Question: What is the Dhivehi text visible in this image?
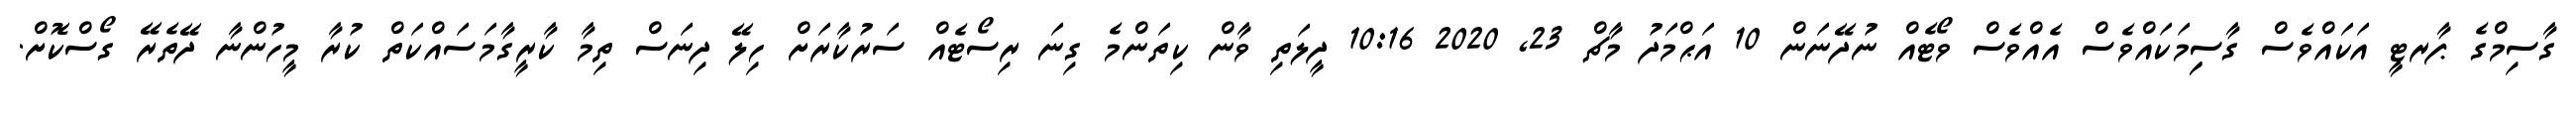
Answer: ގާސިމްގެ ޕާރޓީ އަކައްވެސް ގާސިިމަކައްވެސް އެއްވެސް ވޯޓެއް ނުދޭނަން 10 އަޙްމަދު މާޗް 23, 2020 10:16 ދީލަތި ވާން ކިތަންމެ ގިނަ ރިސޯޓެއް ސަރުކާރަށް ހިލޭ ދިނަސް ތިމާ ކާރީގާމަސައްކަތް ކުރާ މީހުންނާ ދޭތެރޭ ގޯސްކޮށް.